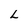
Character: L